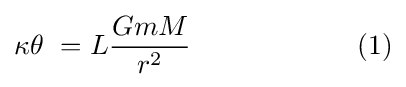
\kappa \theta \ =L{\frac {GmM}{r^{2}}}\qquad \qquad \qquad (1)